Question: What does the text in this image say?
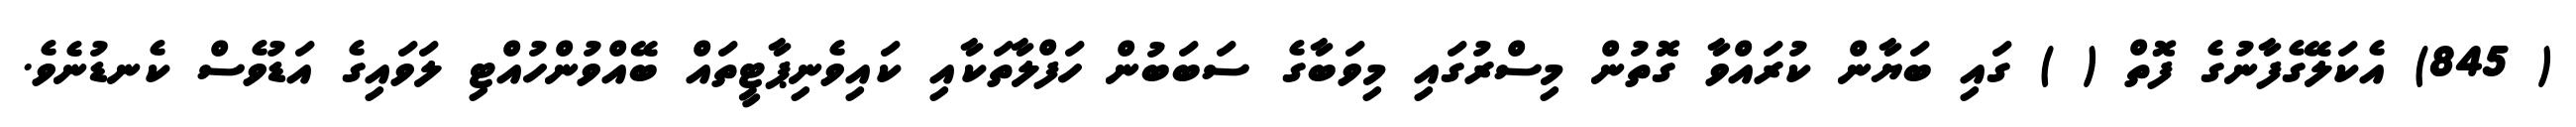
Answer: ( 845) އެކަލޭގެފާނުގެ ފޮތް ( ) ގައި ބަޔާން ކުރައްވާ ގޮތުން މިސްރުގައި މިވަބާގެ ސަބަބުން ހަފްލާތަކާއި ކައިވެނިޕާޓީތައް ބޭއްވުންހުއްޓި ލަވައިގެ އަޑުވެސް ކެނޑުނެވެ.